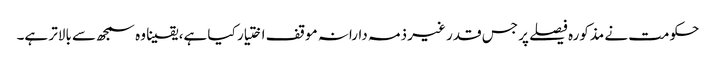
حکومت نے مذکورہ فیصلے پر جس قدر غیر ذمہ دارانہ موقف اختیار کیا ہے، یقینا وہ سمجھ سے بالاتر ہے۔